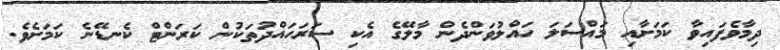
ދިމާވެފައިވާ ކަމަށާއި މައްސަލަ ހައްލުވަންދެން މާލޭގެ އެކި ސަރަހައްދުތަކުން ކަރަންޓް ކެނޑޭނެ ކަމަށެވެ.